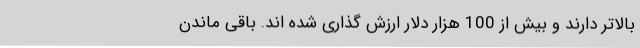
بالاتر دارند و بیش از 100 هزار دلار ارزش گذاری شده اند. باقی ماندن